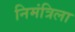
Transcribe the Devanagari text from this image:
निमंत्रिला